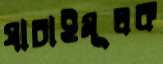
যাচাইমূলক